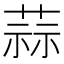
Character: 蒜